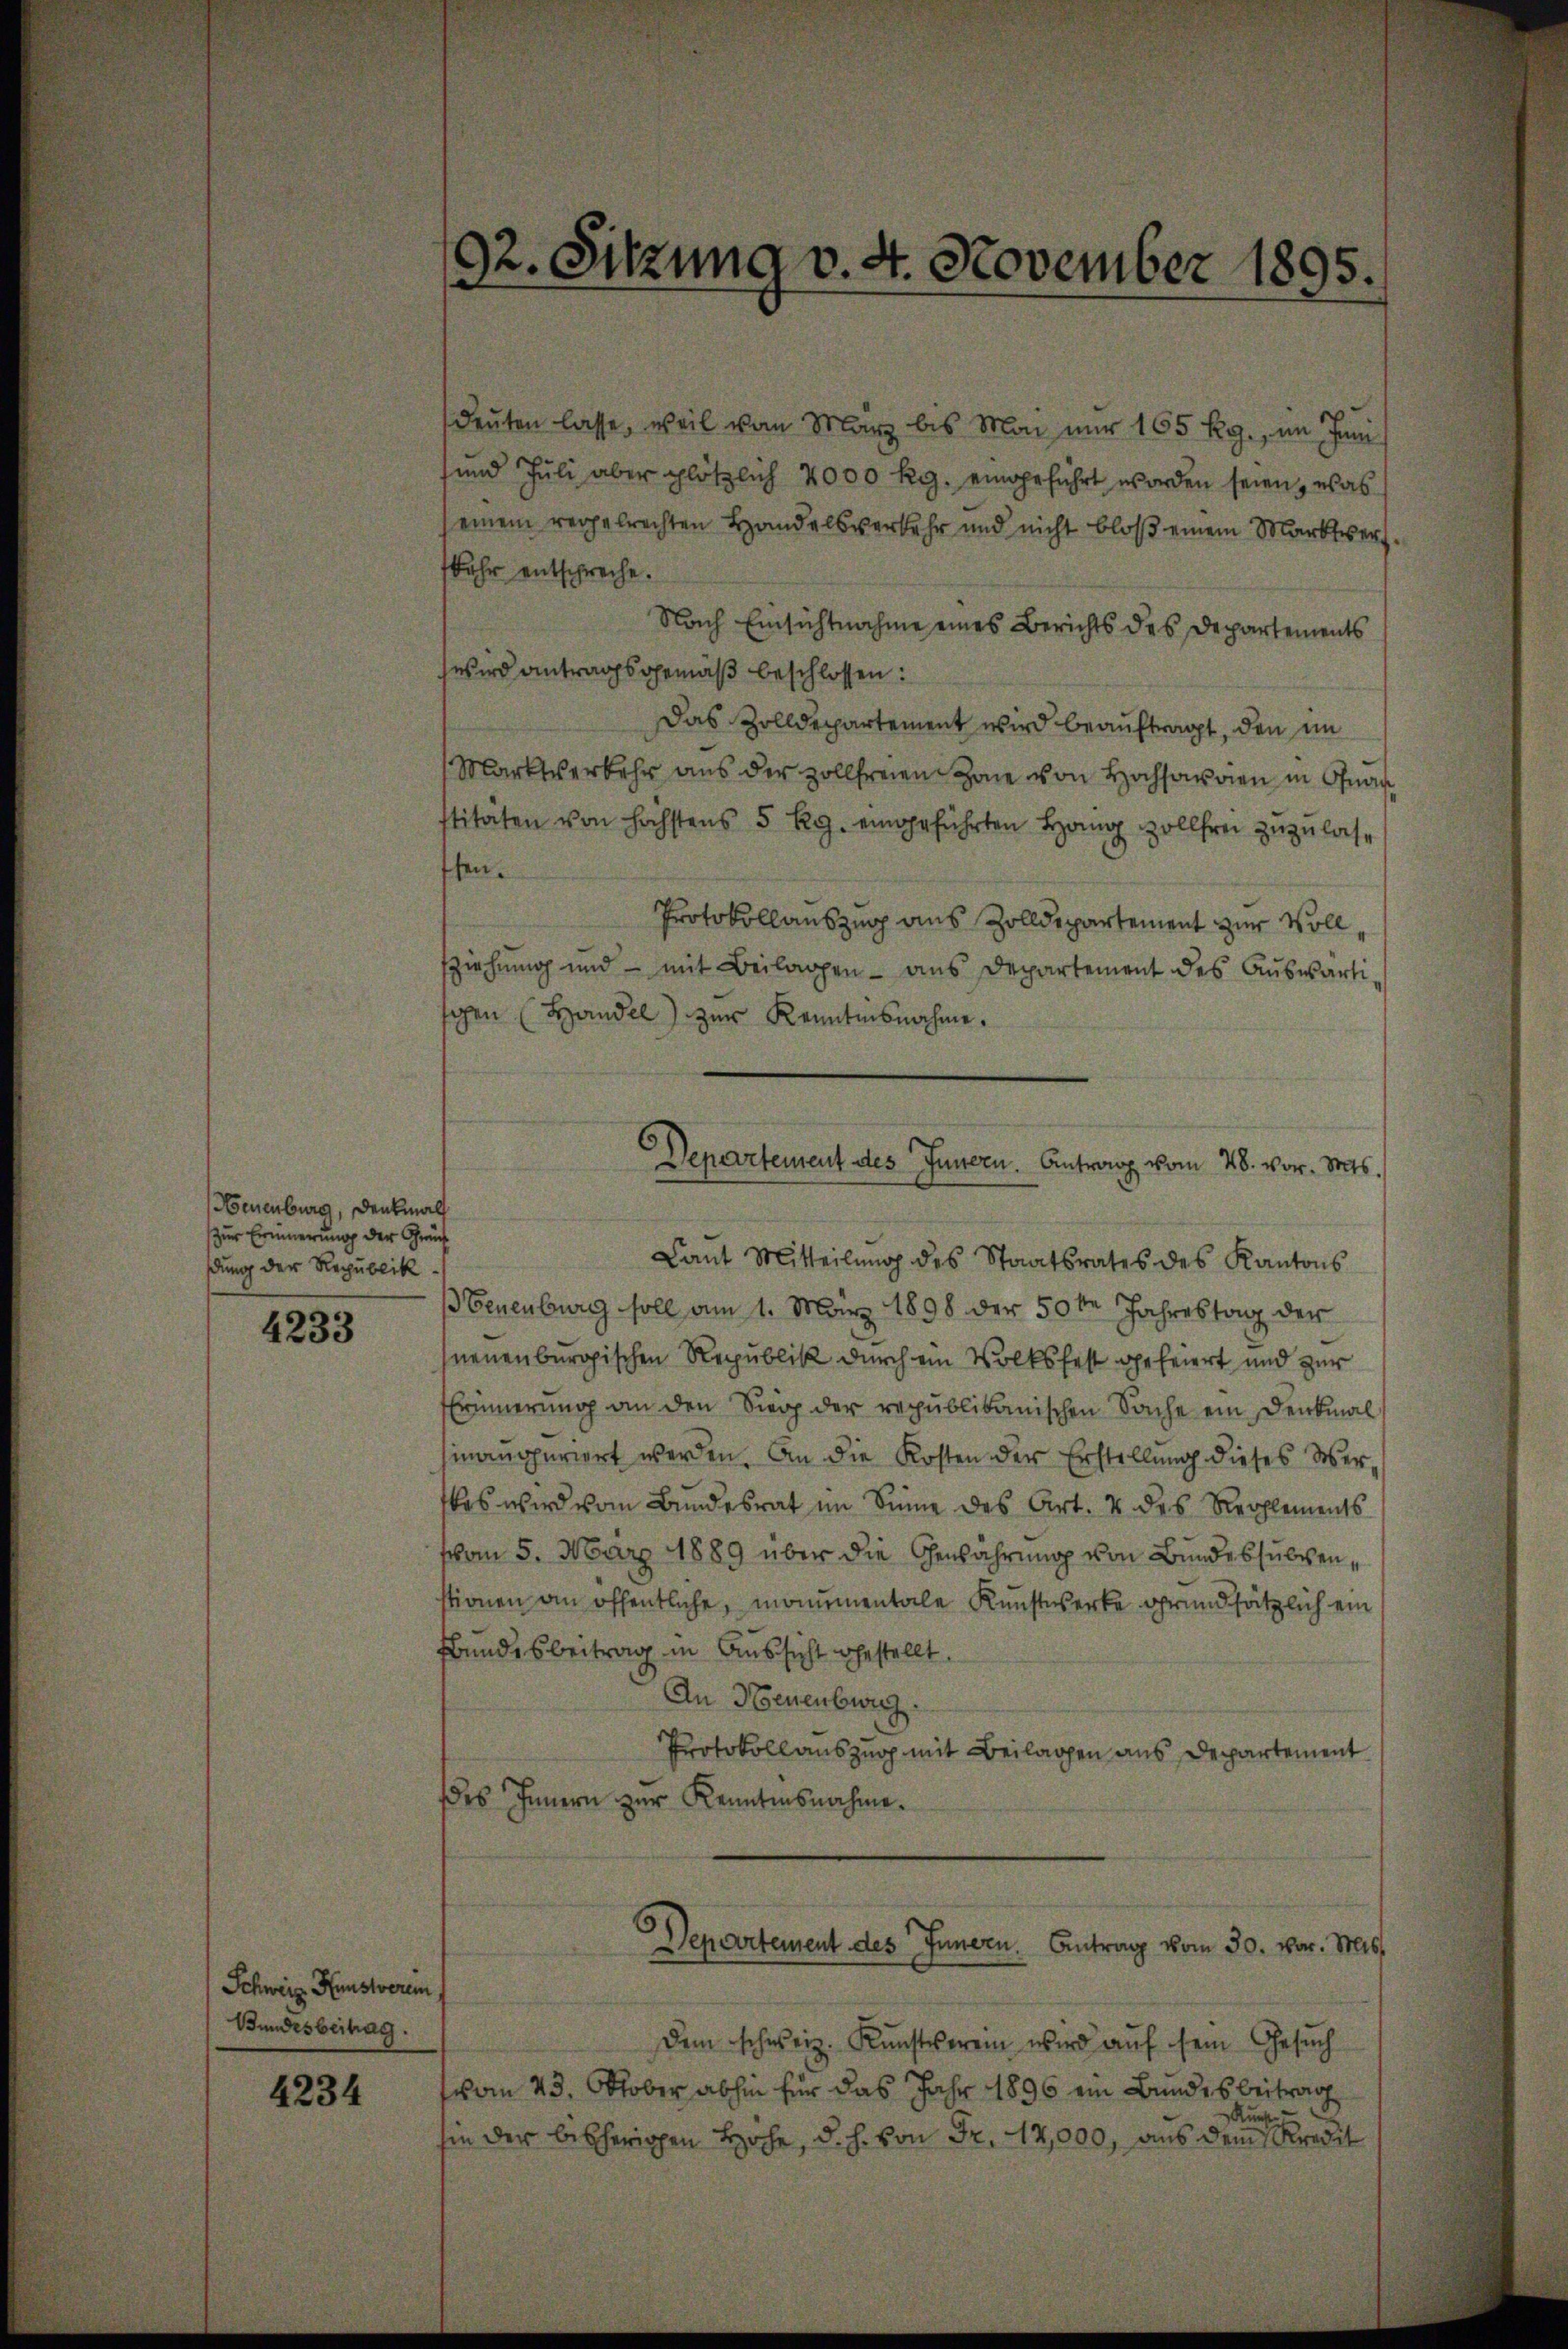
Neuenburg, Denkmals
zur Erinnerung der Gründ
dung der Republik

4233

Schweiz. Kunstverem
Bundesbeitrag.

4234

.
12. Sitzung v. 4. November 1895.

deuten lasse, weil vom März bis Mai nur 165 Rg., im Juni
 und Juli aber plötzlich 2000 Rg. eingeführt worden seien, was
einem regelrechten Handelsverkehr und nicht bloβ einem Marktvers.
bahr entspreche.
Nach Einsichtnahme eines Berichts des Departements
wird antragsgemäß beschlossen:
Das Zolldepartement wird beauftragt, den im
Marktverkehr aus der Zollfreien Zone von Hochsamen in Gnad
titaten von höchstens 5 Rg. eingeführten Hang zollfrei zuzulasffen.
Protokollauszug aus Zolldepartement zur Voll
fziehung und - mit Beilagen - aus Departement des Auswärtigen (Handel) zur Kenntnisnahme.
Departement des Innern. Antrag vom 28. vor. Mts.
Laŭt Mitteilŭng des Staatsrates des Kantons
Neuenburg soll am 1. März 1898 der 50te Jahrestag der
neuenburgischen Republik durch ein Volksfest gefeiert und zur
Erinnerung an den Sieg der republikanischen Sache ein Denkmal
hinauppuriert werden. An die Kosten der Erstellung dieses Werles wird vom Bundesrat im Sinne des Art. 4 des Reglements
vom 5. März 1889 über die Gewahrung von Bundessubvenstionen an öffentliche, monumentale Kunstwerke grundsätzlich ein
Bundesbeitrag in Aussicht gestellt.
An Neuenburg.
Protokoll auszug mit Beilagen aus Departement
es Innern zur Kenntnisnahme.

dem schweiz. Kŭnstverein wird aŭf sein Gesŭch
vom 23. October abhin für das Jahr 1896 ein Bundesbeitrage
F
Kunste
sie der bisherigen Hohe, d. h. von Fr. 17,000, aus dem Kredit

Departement des Innern. Antrag vom 30. vor. Mts.